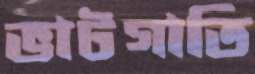
ভাটগাতি